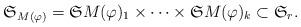
LaTeX: \begin{align*}\mathfrak S_{M(\varphi)}=\mathfrak SM(\varphi)_1 \times\dots \times \mathfrak SM(\varphi)_k \subset \mathfrak S_r.\end{align*}